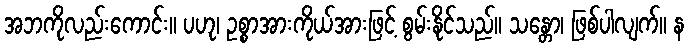
အဘကိုလည်းကောင်း။ ပဟု၊ ဥစ္စာအားကိုယ်အားဖြင့် စွမ်းနိုင်သည်။ သန္တော၊ ဖြစ်ပါလျက်။ န